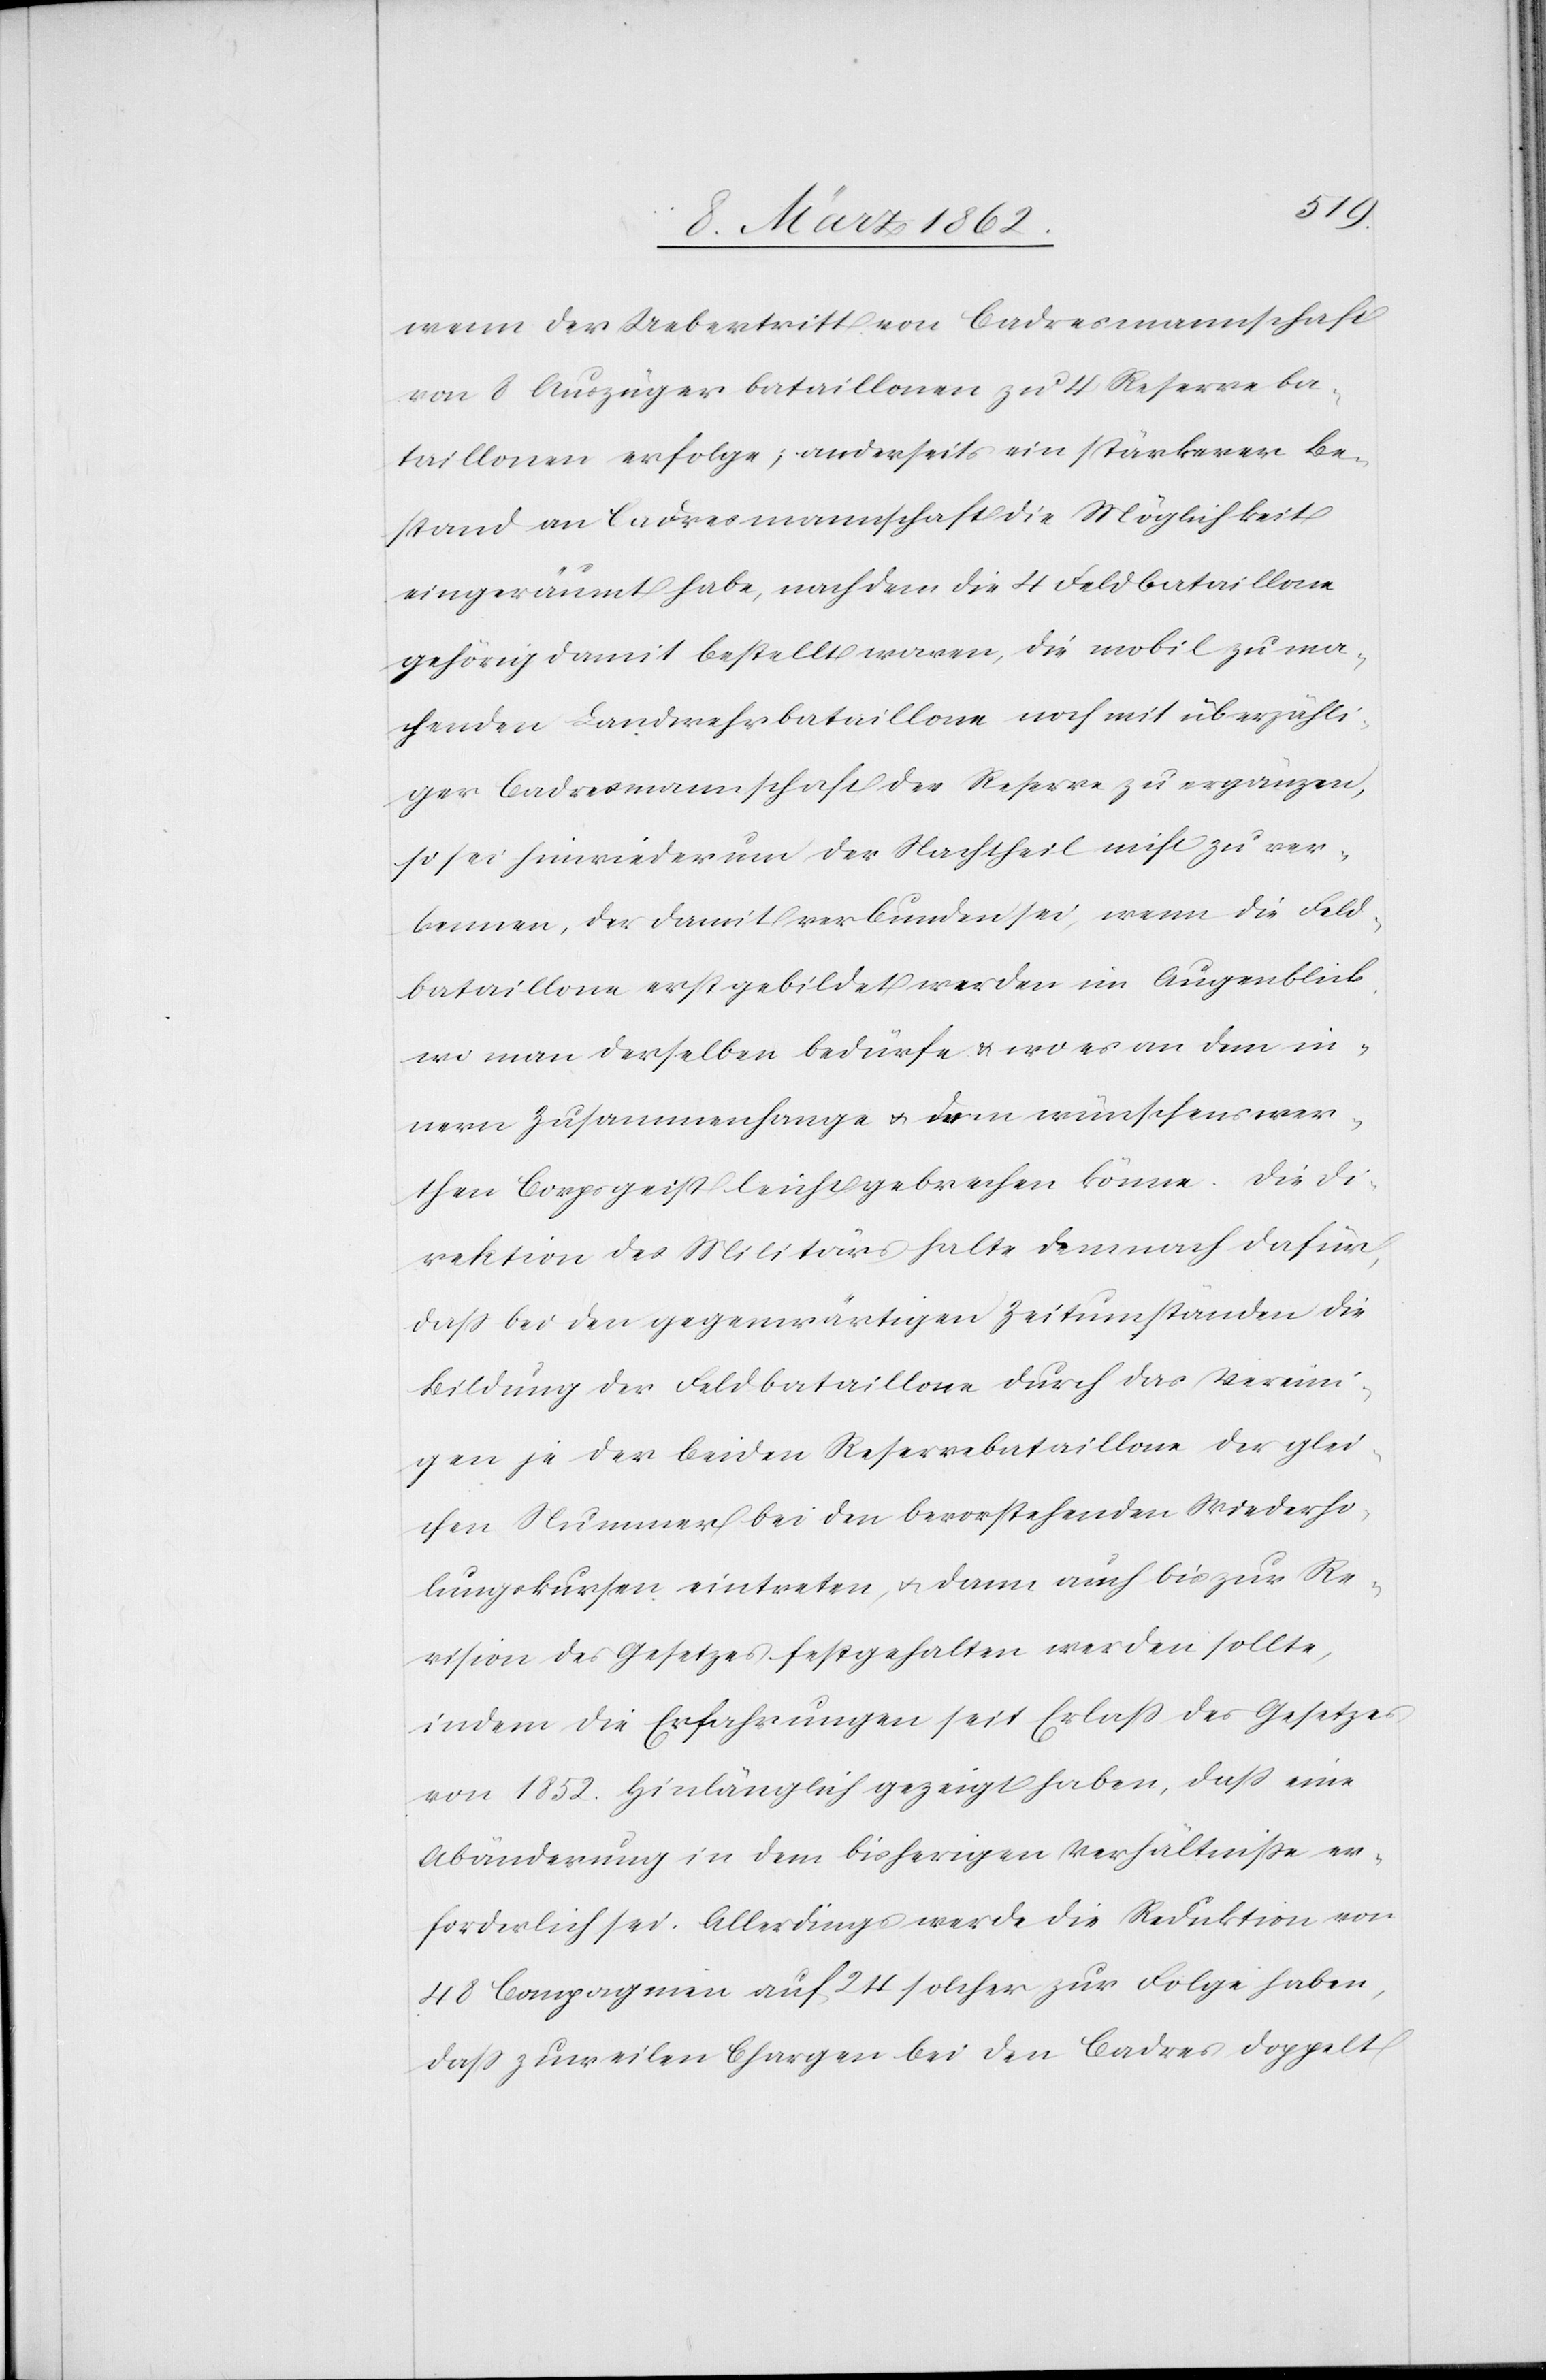
wenn der Uebertritt von Cadresmannschaft
von 8 Auszügerbataillonen zu 4 Reserveba¬
taillonen erfolge; anderseits ein stärkerer Be¬
stand an Cadresmannschaft die Möglichkeit
eingeräumt habe, nach dem die 4 Feldbataillone
gehörig damit bestellt waren, die mobil zu ma¬
chenden Landwehrsbataillone noch mit überzähli¬
ger Cadresmannschaft der Reserve zu ergänzen,
so sei hinwiederum der Nachtheil nicht zu ver¬
kennen, der damit verbunden sei, wenn die Feld¬
bataillone erst gebildet werden im Augenblick,
wo man derselben bedürfe & wo es an dem in¬
nern Zusammenhange u. dem wünschenswer¬
then Corpsgeist leicht gebrechen könne. Die Di¬
rektion des Militärs halte demnach dafür,
daß bei den gegenwärtigen Zeitumständen die
Bildung der Feldbataillone durch das Vereini¬
gen je der beiden Reservebataillone der glei¬
chen Nummer bei den bevorstehenden Wiederho¬
lungskursen eintreten u. dann auch bis zur Re¬
vision des Gesetzes festgehalten werden sollte,
indem die Erfahrungen seit Erlaß des Gesetzes
von 1852. hinlänglich gezeigt haben, daß eine
Abänderung in dem bisherigen Verhältniße er¬
forderlich sei. Allerdings werde die Reduktion von
48 Compagnien auf 24 solcher zur Folge haben,
daß zuweilen Chargen bei den Cadres doppelt